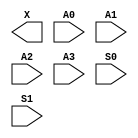
module sky130_fd_sc_hs__mux4 (
    X ,
    A0,
    A1,
    A2,
    A3,
    S0,
    S1
);

    output X ;
    input  A0;
    input  A1;
    input  A2;
    input  A3;
    input  S0;
    input  S1;

    // Voltage supply signals
    supply1 VPWR;
    supply0 VGND;

endmodule